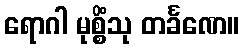
ရောဂါ မုစ္စိံသု တင်္ခဏေ။